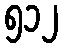
၅၁၂